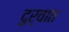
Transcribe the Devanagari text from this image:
दुर्वात